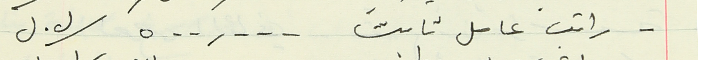
- راتب عامل ثابت  ٥٠٠,٠٠٠ / ل. ل